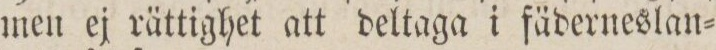
men ej rättighet att deltaga i fäderneslan=